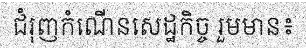
ជំរុញកំណើនសេដ្ឋកិច្ច រួមមាន៖